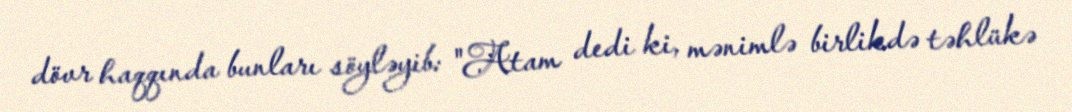
dövr haqqında bunları söyləyib: "Atam dedi ki, mənimlə birlikdə təhlükə